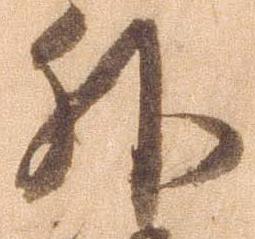
外